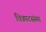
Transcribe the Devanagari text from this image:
चित्रपटसंस्था